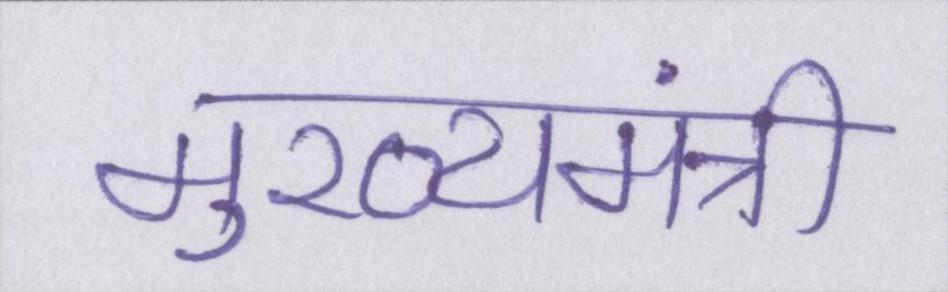
मुख्यमंत्री